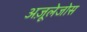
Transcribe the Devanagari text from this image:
अज़ूलेजोस